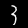
Label: 3